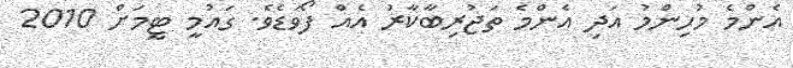
އެންމެ މުހިންމު އަދި އެންމެ ތަޖުރިބާކާރު އެއް ފޯވަޑެވެ. ގައުމީ ޓީމަށް 2010